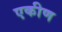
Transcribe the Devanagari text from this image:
एकीण